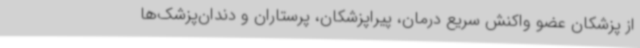
از پزشکان عضو واکنش سریع درمان، پیراپزشکان، پرستاران و دندان‌پزشک‌ها